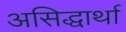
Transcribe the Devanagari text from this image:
असिद्धार्था